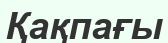
Қақпағы